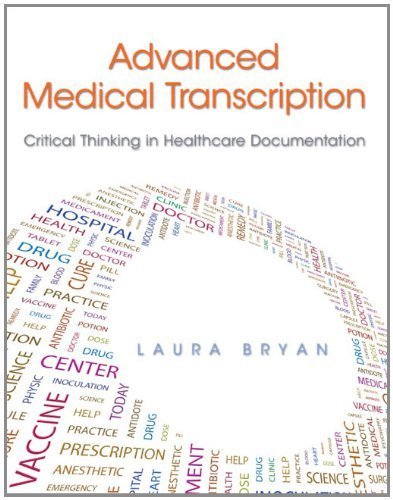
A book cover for Advanced Medical Transcription: Critical Thinking in Healthcare Documentation 1st Edition by Bryan, Laura (2012) Paperback; Laura Bryan; Medical Books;